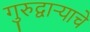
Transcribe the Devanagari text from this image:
गुरुद्वार्‍याचे